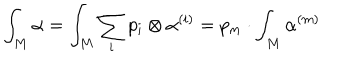
LaTeX: \int _ { M } \alpha = \int _ { M } \sum _ { i } p _ { i } \otimes \alpha ^ { ( i ) } = p _ { m } \cdot \int _ { M } \alpha ^ { ( m ) }